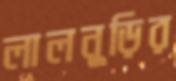
লালনুড়ির